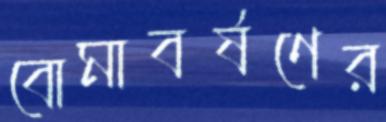
বোমাবর্ষণের